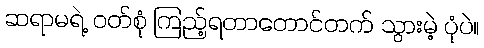
ဆရာမရဲ့ ဝတ်စုံ ကြည့်ရတာတောင်တက် သွားမဲ့ ပုံပဲ။